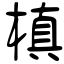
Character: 槇